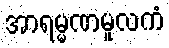
အာရမ္မဏမူလကံ